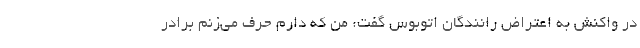
در واکنش به اعتراض رانندگان اتوبوس گفت: من که دارم حرف می‌زنم برادر